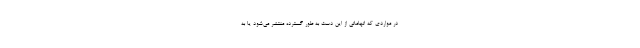
در مواردی که اتهاماتی از این دست به طور گسترده منتشر می‌شود یا به